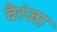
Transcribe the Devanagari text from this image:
वैरंजा